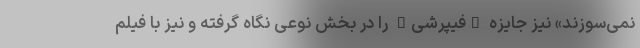
نمی‌سوزند» نیز جایزه "فیپرشی" را در بخش نوعی نگاه گرفته و نیز با فیلم